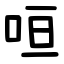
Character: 咺